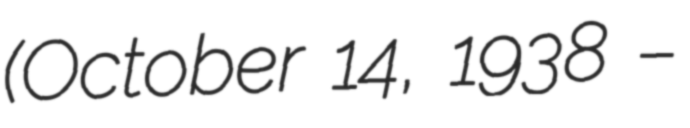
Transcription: (October 14, 1938 –